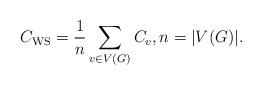
LaTeX: \begin{align*}C_{\mathrm{WS}} = \frac1n \sum_{v \in V(G)} C_v, n = |V(G)|.\end{align*}